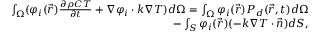
\begin{array} { r } { \int _ { \Omega } ( \varphi _ { i } ( \vec { r } ) \frac { \partial \rho C T } { \partial t } + \nabla \varphi _ { i } \cdot k \nabla T ) d \Omega = \int _ { \Omega } \varphi _ { i } ( \vec { r } ) P _ { d } ( \vec { r } , t ) d \Omega } \\ { - \int _ { S } \varphi _ { i } ( \vec { r } ) ( - k \nabla T \cdot \vec { n } ) d S , } \end{array}